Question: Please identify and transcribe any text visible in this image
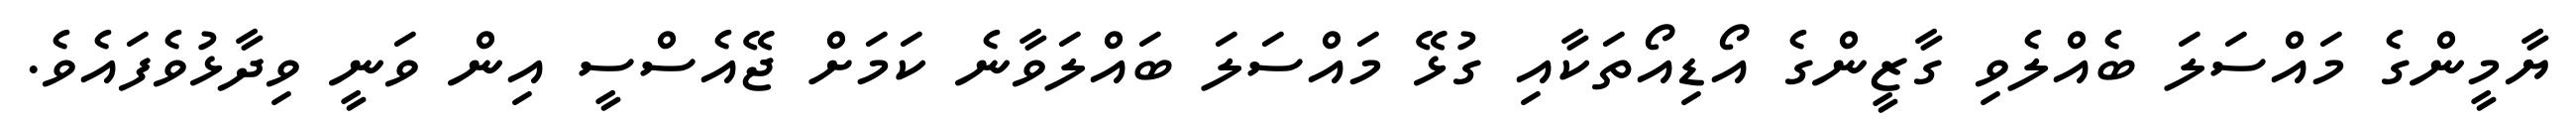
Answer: ޔާމީންގެ މައްސަލަ ބެއްލެވި ގާޒީންގެ އޯޑިއޯތަކާއި ގުޅޭ މައްސަލަ ބައްލަވާނެ ކަމަށް ޖޭއެސްސީ އިން ވަނީ ވިދާޅުވެފައެވެ.